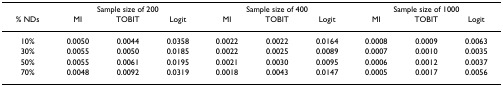
<table><thead><tr><td></td><td colspan="3"><b>Sample size of 200</b></td><td colspan="3"><b>Sample size of 400</b></td><td colspan="3"><b>Sample size of 1000</b></td></tr><tr><td><b>% NDs</b></td><td><b>MI</b></td><td><b>TOBIT</b></td><td><b>Logit</b></td><td><b>MI</b></td><td><b>TOBIT</b></td><td><b>Logit</b></td><td><b>MI</b></td><td><b>TOBIT</b></td><td><b>Logit</b></td></tr></thead><tbody><tr><td>10%</td><td>0.0050</td><td>0.0044</td><td>0.0358</td><td>0.0022</td><td>0.0022</td><td>0.0164</td><td>0.0008</td><td>0.0009</td><td>0.0063</td></tr><tr><td>30%</td><td>0.0055</td><td>0.0050</td><td>0.0185</td><td>0.0022</td><td>0.0025</td><td>0.0089</td><td>0.0007</td><td>0.0010</td><td>0.0035</td></tr><tr><td>50%</td><td>0.0055</td><td>0.0061</td><td>0.0195</td><td>0.0021</td><td>0.0030</td><td>0.0095</td><td>0.0006</td><td>0.0012</td><td>0.0037</td></tr><tr><td>70%</td><td>0.0048</td><td>0.0092</td><td>0.0319</td><td>0.0018</td><td>0.0043</td><td>0.0147</td><td>0.0005</td><td>0.0017</td><td>0.0056</td></tr></tbody></table>